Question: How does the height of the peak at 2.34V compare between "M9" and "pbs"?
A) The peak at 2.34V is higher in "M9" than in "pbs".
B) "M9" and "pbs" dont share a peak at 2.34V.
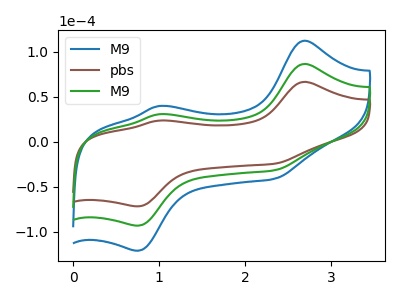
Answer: <think>The blue curve "M9" has anodic peaks at (2.70V, 173.10uA) (1.00V, 61.25uA) and cathodic peaks at (2.35V, -63.65uA) (0.75V, -186.85uA). The brown curve "pbs" has anodic peaks at (2.70V, 66.65uA) (1.00V, 23.60uA) and cathodic peaks at (2.35V, -24.50uA) (0.75V, -71.95uA). The green curve "M9" has anodic peaks at (2.70V, 86.55uA) (1.00V, 30.65uA) and cathodic peaks at (2.35V, -31.85uA) (0.75V, -93.45uA).</think>
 <answer>A) The peak at 2.34V is higher in "M9" than in "pbs".</answer>
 <eval>A</eval>